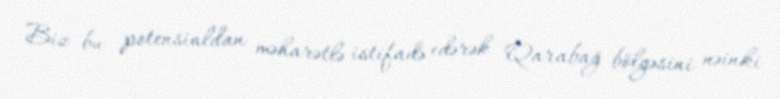
Biz bu potensialdan məharətlə istifadə edərək Qarabağ bölgəsini nəinki